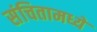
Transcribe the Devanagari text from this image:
संचितामध्ये